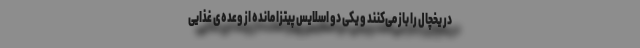
در یخچال را باز می‌کنند و یکی دو اسلایس پیتزا مانده از وعده‌ی غذایی